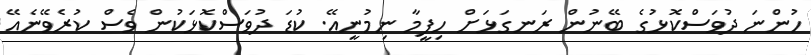
ހުންނަ ދުވަސްކޮޅުގެ ބޭނުން ރަނގަޅަށް ހިފީމާ ނިމުނީއޭ. ކުޑަ ދުވަސްކޮޅަކުން ވެސް ކުރެވޭނެއޭ